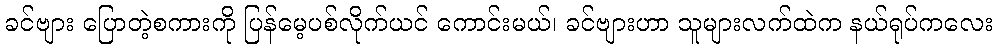
ခင်ဗျား ပြောတဲ့စကားကို ပြန်မေ့ပစ်လိုက်ယင် ကောင်းမယ်၊ ခင်ဗျားဟာ သူများလက်ထဲက နယ်ရုပ်ကလေး